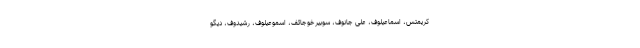
کریمتس، اسماعیلوف، علی جانوف، سوبیرخوجائف، اسموعیلوف، رشیدوف، دیگو